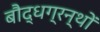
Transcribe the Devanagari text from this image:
बौद्धग्रन्थों